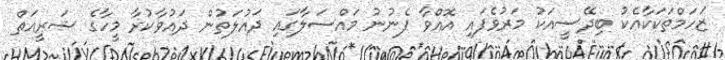
ޒަހަމްތަކަކާއެކު ބިދޭސީއަކު މަރުވެފައި އޮއްވާ ފެނުނު މައްސަލާގައި ދައުލަތުން ދައުވާކުރާ މީހާގެ ޝަރީއަތް